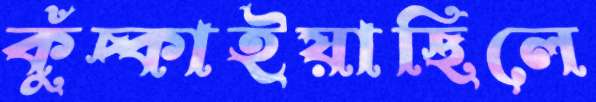
কুঁচ্‌কাইয়াছিলে